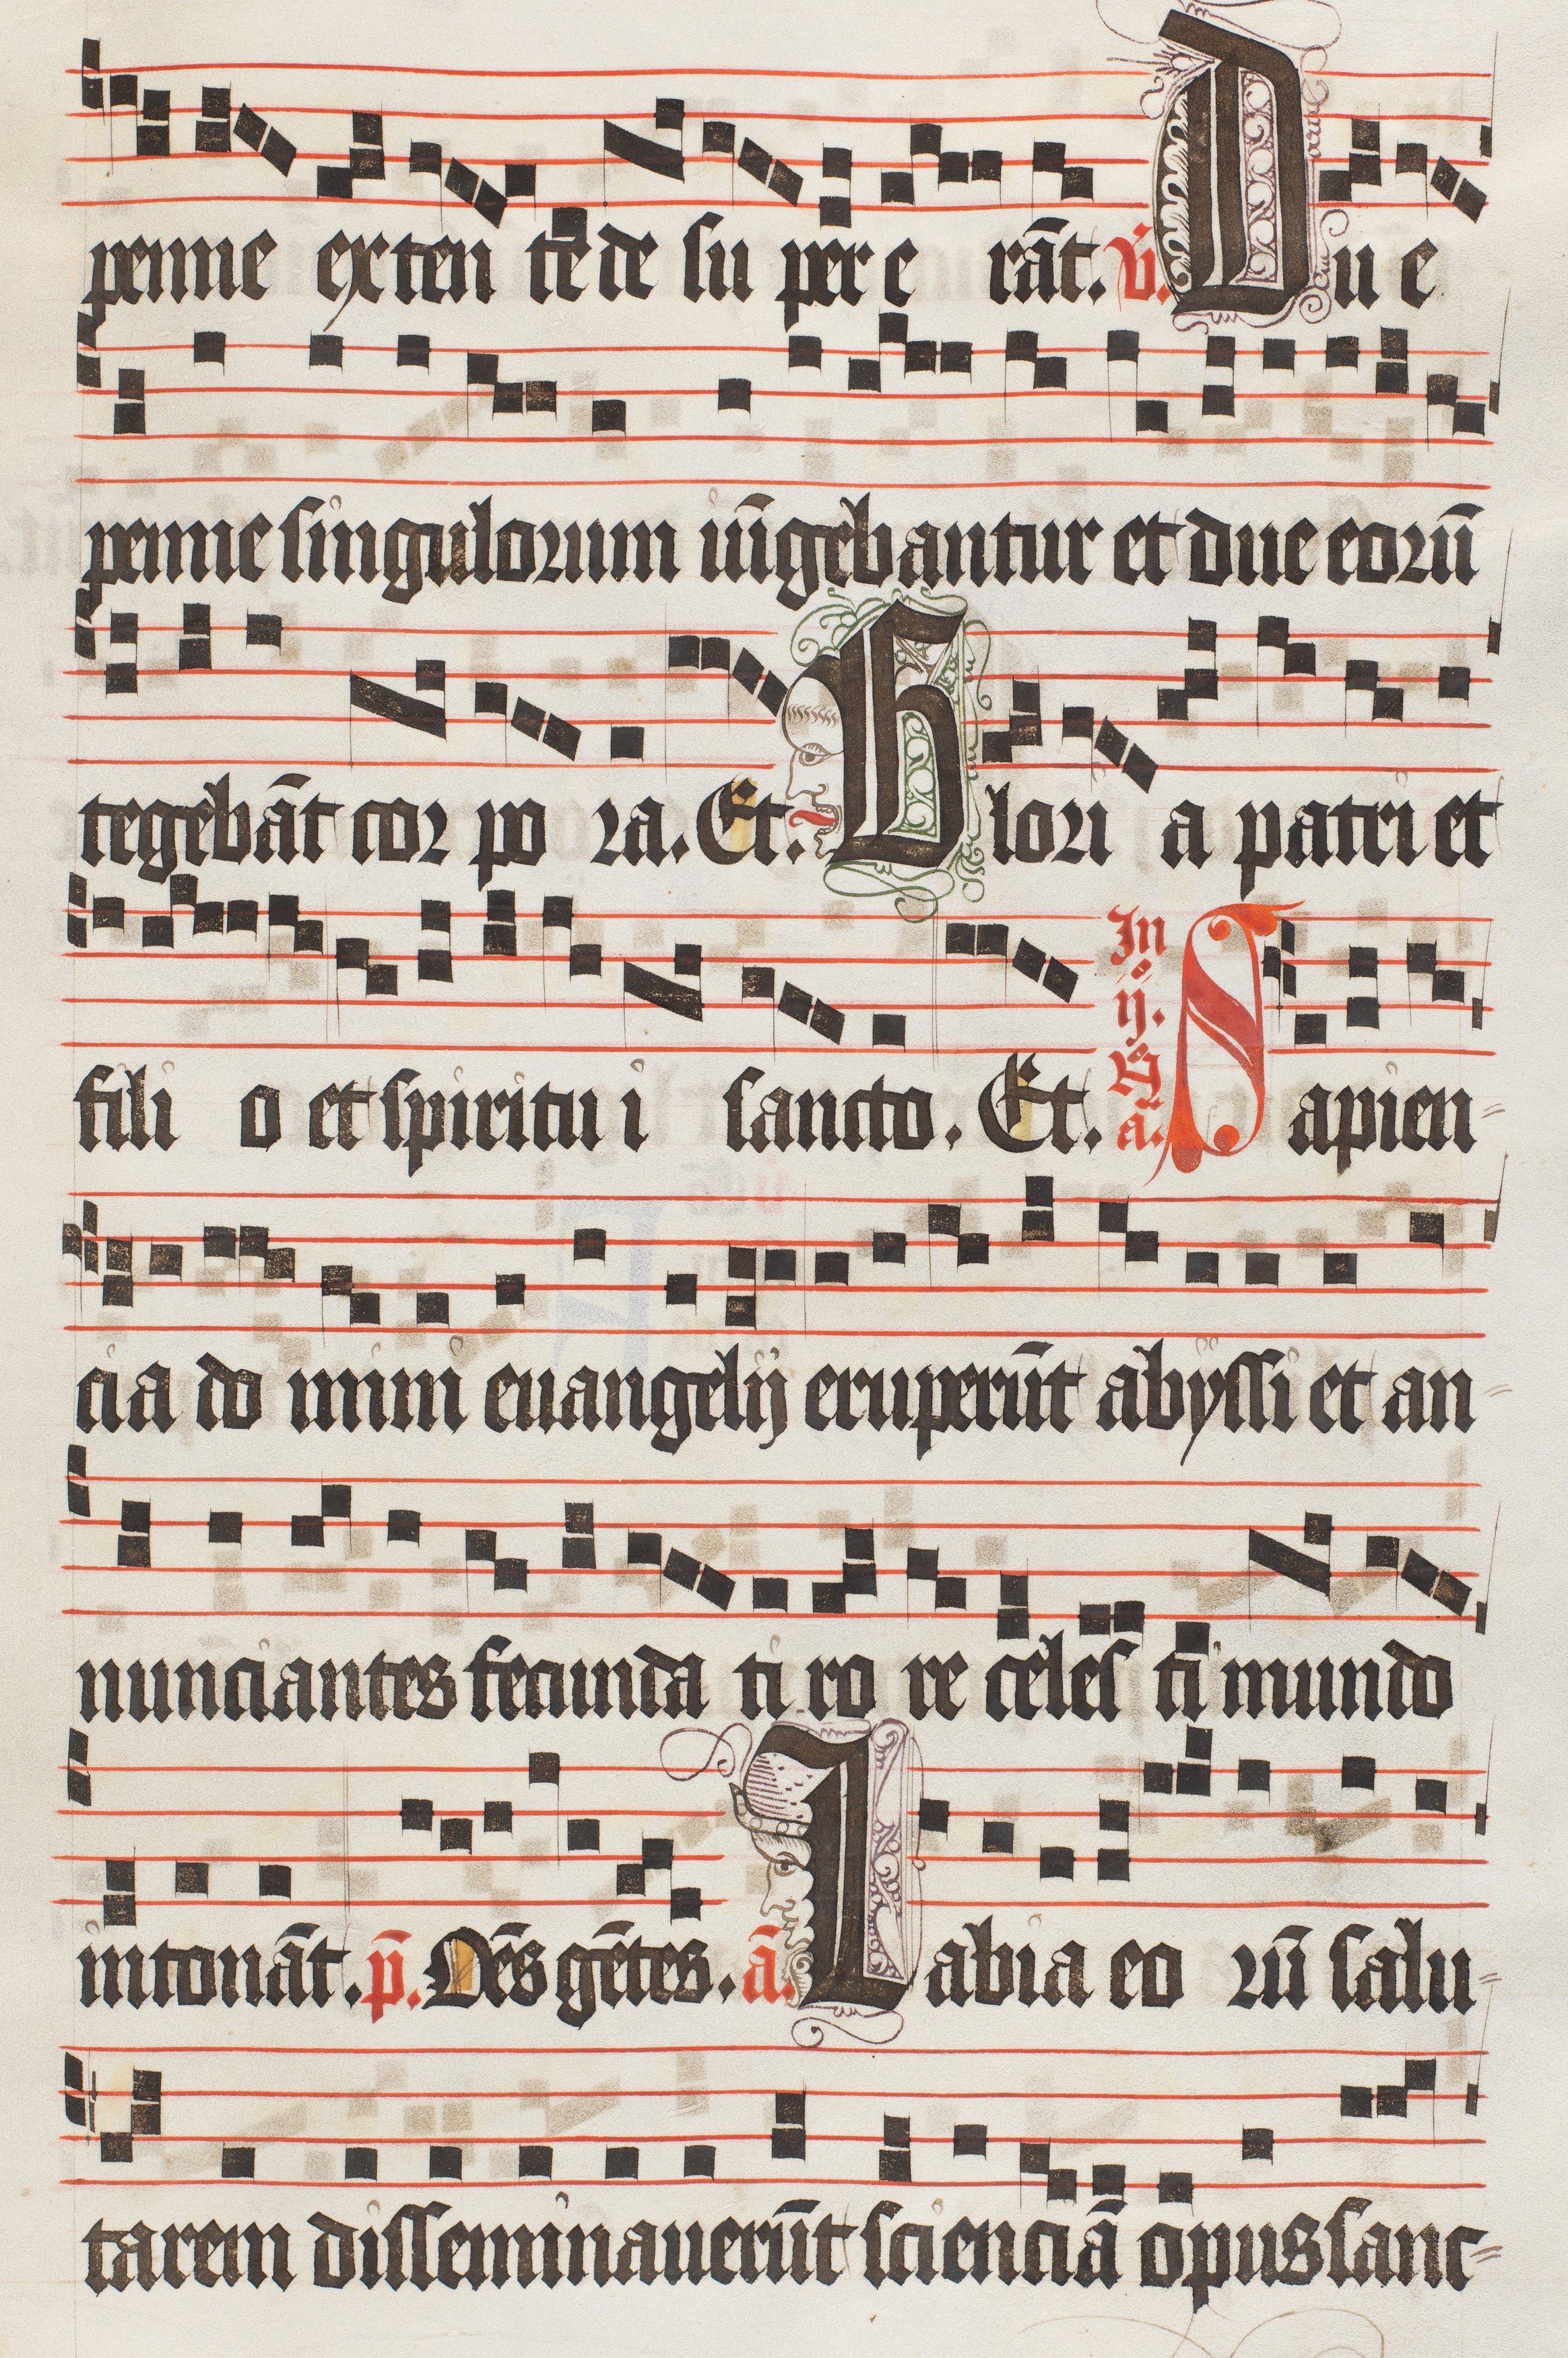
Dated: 1474–1505